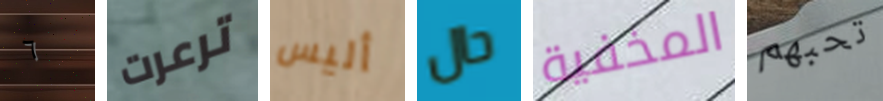
٦ ترعرت أليس حال المخفية تحبهم